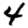
Digit: 4